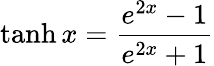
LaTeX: \operatorname{tanh}x={\frac{e^{2x}-1}{e^{2x}+1}}